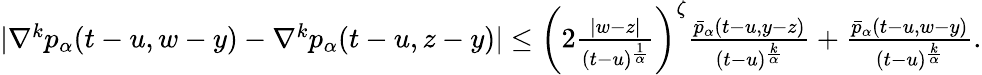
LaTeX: \begin{array}{r}{|\nabla^{k}p_{\alpha}(t-u,w-y)-\nabla^{k}p_{\alpha}(t-u,z-y)|\leq\left(2\frac{|w-z|}{(t-u)^{\frac{1}{\alpha}}}\right)^{\zeta}\frac{\bar{p}_{\alpha}(t-u,y-z)}{(t-u)^{\frac{k}{\alpha}}}+\frac{\bar{p}_{\alpha}(t-u,w-y)}{(t-u)^{\frac{k}{\alpha}}}.}\end{array}